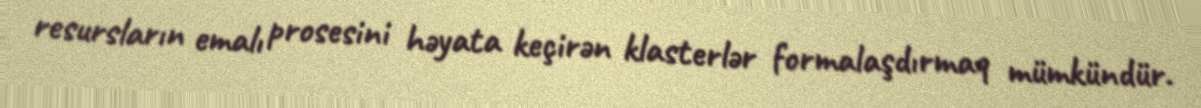
resursların emalı prosesini həyata keçirən klasterlər formalaşdırmaq mümkündür.